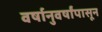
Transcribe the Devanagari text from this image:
वर्षानुवर्षांपासून